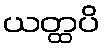
ယတ္ထပိ